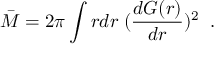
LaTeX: \bar { M } = 2 \pi \int r d r \; ( \frac { d G ( r ) } { d r } ) ^ { 2 } \; \; .